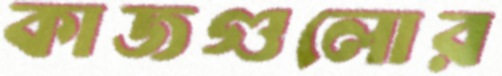
কাজগুলোর